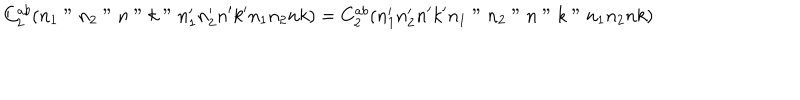
LaTeX: C _ { 2 } ^ { a b } ( n _ { 1 } " n _ { 2 } " n " k " n _ { 1 } ^ { \prime } n _ { 2 } ^ { \prime } n ^ { \prime } k ^ { \prime } n _ { 1 } n _ { 2 } n k ) = C _ { 2 } ^ { a b } ( n _ { 1 } ^ { \prime } n _ { 2 } ^ { \prime } n ^ { \prime } k ^ { \prime } n _ { 1 } " n _ { 2 } " n " k " n _ { 1 } n _ { 2 } n k )